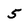
Character: 5